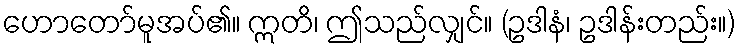
ဟောတော်မူအပ်၏။ ဣတိ၊ ဤသည်လျှင်။ (ဥဒါနံ၊ ဥဒါန်းတည်း။)